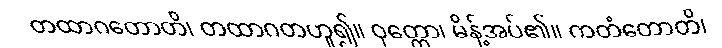
တထာဂတောတိ၊ တထာဂတဟူ၍။ ဝုတ္တော၊ မိန့်အပ်၏။ ကတံတောတိ၊